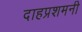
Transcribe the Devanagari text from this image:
दाहप्रशमनी